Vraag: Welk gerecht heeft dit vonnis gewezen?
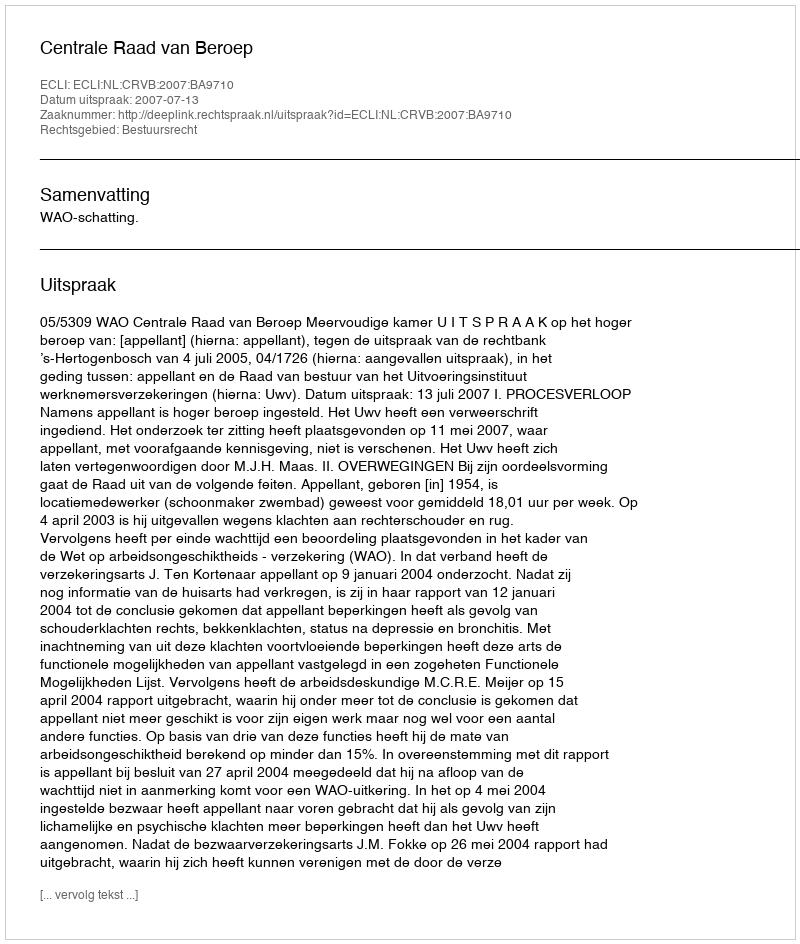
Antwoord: Centrale Raad van Beroep